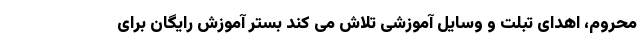
محروم، اهدای تبلت و وسایل آموزشی تلاش می کند بستر آموزش رایگان برای